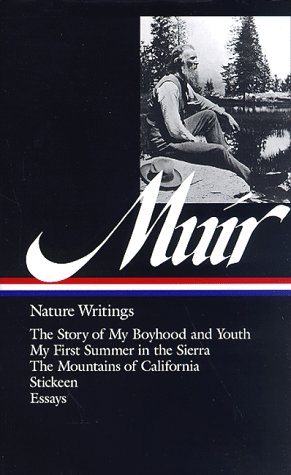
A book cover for John Muir : Nature Writings: The Story of My Boyhood and Youth; My First Summer in the Sierra; The Mountains of California; Stickeen; Essays (Library of America); John Muir; Science & Math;